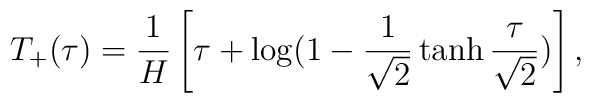
T_+(\tau)=\frac{1}{H}\left[\tau+\log(1-\frac{1}{\sqrt{2}}\tanh\frac{\tau}{\sqrt{2}})\right],